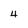
Character: 4